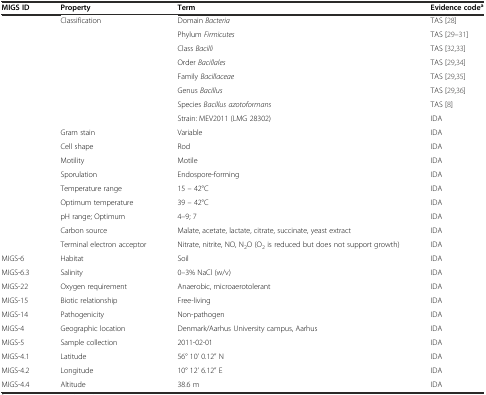
| MIGS ID | Property | Term | Evidence codea |
 | --- | --- | --- | --- |
 | <ROWSPAN=8>  | <ROWSPAN=8> Classification | Domain Bacteria | TAS [28] |
 | Phylum Firmicutes | TAS [29]–[31] |
 | Class Bacilli | TAS [32, 33] |
 | Order Bacillales | TAS [29, 34] |
 | Family Bacillaceae | TAS [29, 35] |
 | Genus Bacillus | TAS [29, 36] |
 | Species Bacillus azotoformans | TAS [8] |
 | Strain: MEV2011 (LMG 28302) | IDA |
 |  | Gram stain | Variable | IDA |
 |  | Cell shape | Rod | IDA |
 |  | Motility | Motile | IDA |
 |  | Sporulation | Endospore-forming | IDA |
 |  | Temperature range | 15 – 42°C | IDA |
 |  | Optimum temperature | 39 – 42°C | IDA |
 |  | pH range; Optimum | 4–9; 7 | IDA |
 |  | Carbon source | Malate, acetate, lactate, citrate, succinate, yeast extract | IDA |
 |  | Terminal electron acceptor | Nitrate, nitrite, NO, N2O (O2 is reduced but does not support growth) | IDA |
 | MIGS-6 | Habitat | Soil | IDA |
 | MIGS-6.3 | Salinity | 0–3% NaCl (w/v) | IDA |
 | MIGS-22 | Oxygen requirement | Anaerobic, microaerotolerant | IDA |
 | MIGS-15 | Biotic relationship | Free-living | IDA |
 | MIGS-14 | Pathogenicity | Non-pathogen | IDA |
 | MIGS-4 | Geographic location | Denmark/Aarhus University campus, Aarhus | IDA |
 | MIGS-5 | Sample collection | 2011-02-01 | IDA |
 | MIGS-4.1 | Latitude | 56° 10’ 0.12” N | IDA |
 | MIGS-4.2 | Longitude | 10° 12’ 6.12” E | IDA |
 | MIGS-4.4 | Altitude | 38.6 m | IDA |